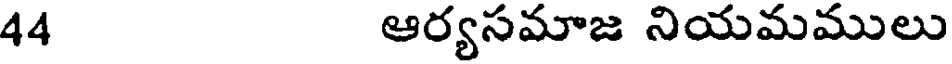
44 ఆర్యసమాజ నియమములు